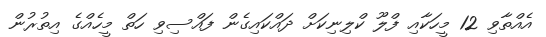
އެއްތާވި 12 މީހަކާއި ފްލޫ ކްލިނިކަށް ދައްކައިގެން ފައްސިވި ހަތް މީހެއްގެ އިތުރުން